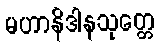
မဟာနိဒါနသုတ္တေ